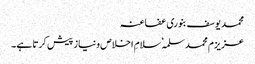
محمد یوسف بنوری عفاعنہ
عزیزم محمد سلمہٗ سلامِ اخلاص ونیاز پیش کرتا ہے۔